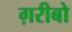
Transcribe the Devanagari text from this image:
ग़रीबो